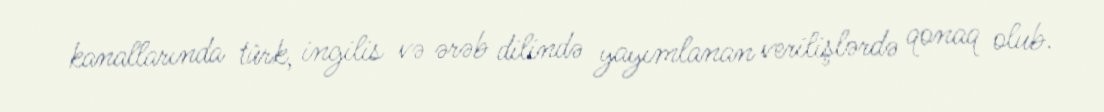
kanallarında türk, ingilis və ərəb dilində yayımlanan verilişlərdə qonaq olub.